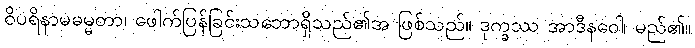
ဝိပရိနာမဓမ္မတာ၊ ဖေါက်ပြန်ခြင်းသဘောရှိသည်၏အ ဖြစ်သည်။ ဒုက္ခဿ အာဒီနဝေါ၊ မည်၏။